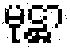
မုဋ္ဌာ